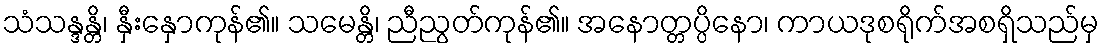
သံသန္ဒန္တိ၊ နှီးနှောကုန်၏။ သမေန္တိ၊ ညီညွတ်ကုန်၏။ အနောတ္တပ္ပိနော၊ ကာယဒုစရိုက်အစရှိသည်မှ